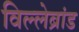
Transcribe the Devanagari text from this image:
विल्लेब्रांड